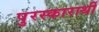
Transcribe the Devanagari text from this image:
पुरस्कारार्थी